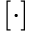
[ \cdot ]